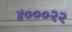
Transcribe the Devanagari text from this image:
४०००२२